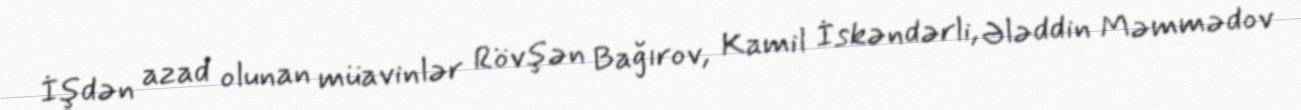
İşdən azad olunan müavinlər Rövşən Bağırov, Kamil İskəndərli, Ələddin Məmmədov